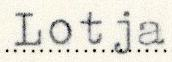
Lotja